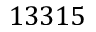
1 3 3 1 5